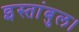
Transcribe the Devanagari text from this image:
इस्तांबुल।